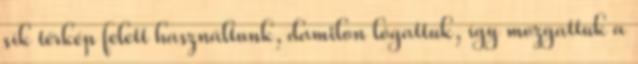
sík térkép felett használtunk, damilon lógattuk, így mozgattuk a